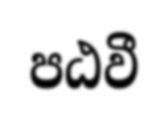
පඨවී